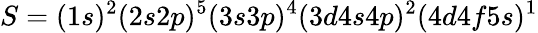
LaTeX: S=(1s)^{2}(2s2p)^{5}(3s3p)^{4}(3d4s4p)^{2}(4d4f5s)^{1}